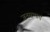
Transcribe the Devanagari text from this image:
जनसभाएं